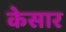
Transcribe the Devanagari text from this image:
केसार